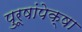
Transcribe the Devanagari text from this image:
पुरूषांपेक्षा